Annual report of the Central Committee of the Association together with the report of the directors of the Pasteur Institute at Kasauli
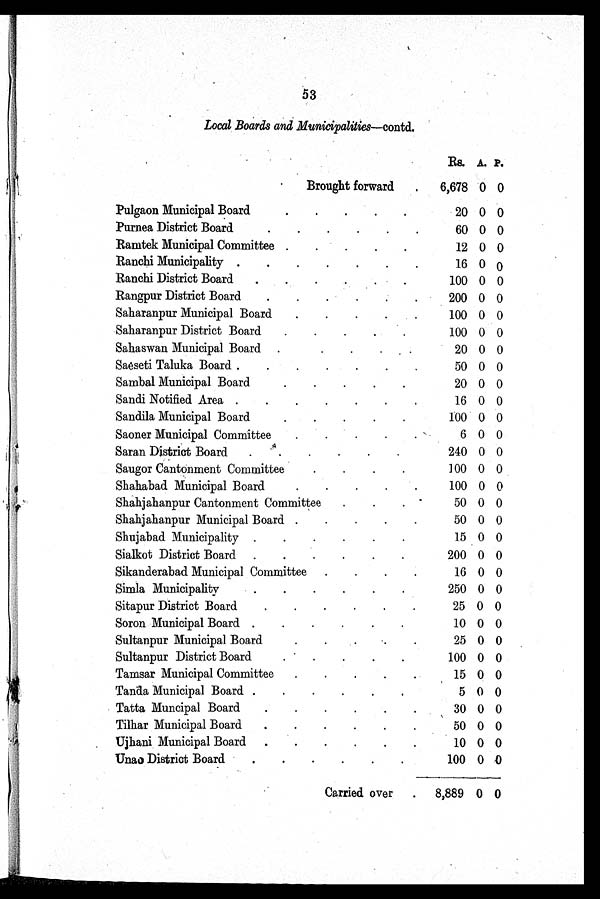
53
Local Boards and Municipalities—contd.
Rs A P
Brought forward
6,678 0 0
Pulgaon Municipal Board
20 0 0
Purnea District Board
60 0 0
Ramtek Municipal Committee
12 0 0
Ranchi Municipality
16 0 0
Ranchi District Board
100 0 0
Rangpur District Board
200 0 0
Saharanpur Municipal Board
100 0 0
Saharanpur District Board
100 0 0
Sahaswan Municipal Board
20 0 0
Saeseti Taluka Board
50 0 0
Sambal Municipal Board
20 0 0
Sandi Notified Area
16 0 0
Sandila Municipal Board
100 0 0
Saoner Municipal Committee
6 0 0
Saran District Board
240 0 0
Saugor Cantonment Committee
100 0 0
Shahabad Municipal Board
100 0 0
Shahjahanpur Cantonment Committee
50 0 0
Shahjahanpur Municipal Board
50 0 0
Shujabad Municipality
15 0 0
Sialkot District Board
200 0 0
Sikanderabad Municipal Committee
16 0 0
Simla Municipality
250 0 0
Sitapur District Board
25 0 0
Soron Municipal Board
10 0 0
Sultanpur Municipal Board
25 0 0
Sultanpur District Board
100 0 0
Tamsar Municipal Committee
15 0 0
Tanda Municipal Board
5 0 0
Tatta Muncipal Board
30 0 0
Tilhar Municipal Board
50 0 0
Ujhani Municipal Board
10 0 0
Unao District Board
100 0 0
Carried over
8,889 0 0